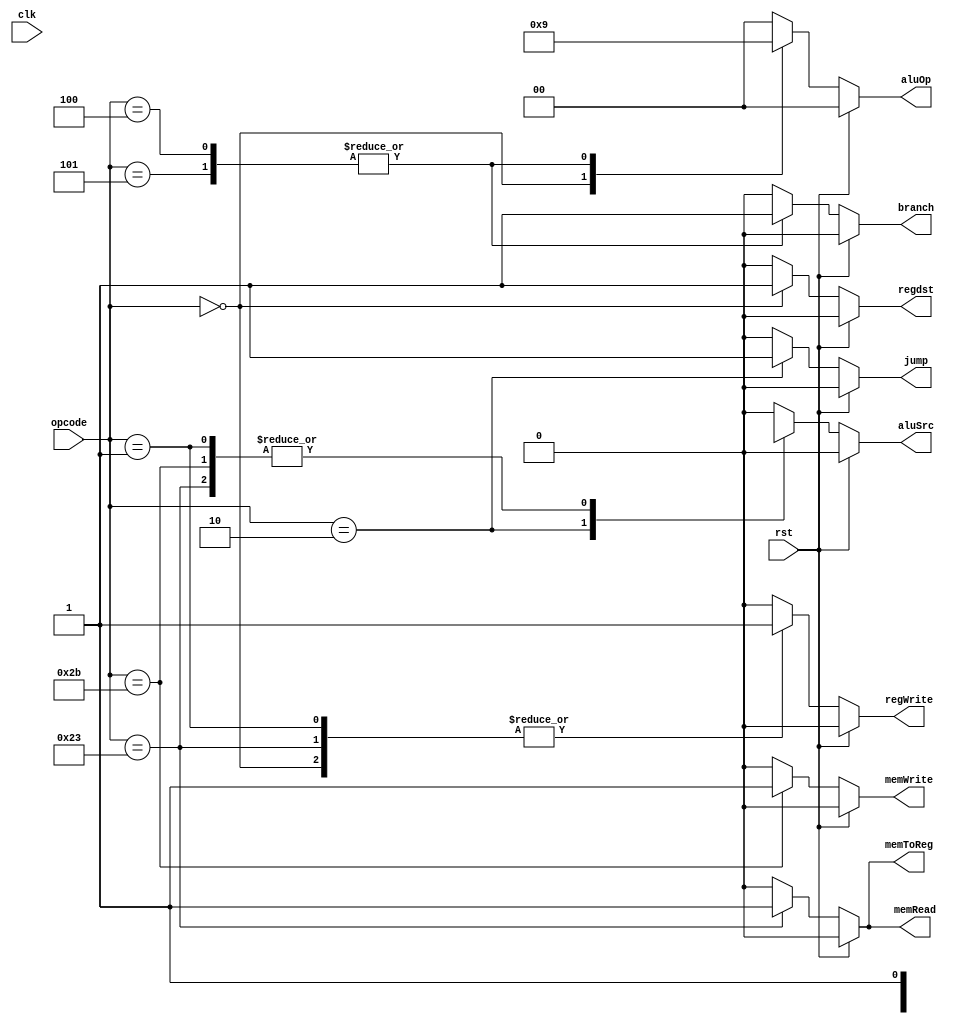
module Control_unit(
    input clk,
    input rst,
    input [5:0] opcode,
	 
    output regdst,
    output jump,
    output branch,
    output memRead,
    output memToReg,
    output [1:0] aluOp,
    output memWrite,
    output aluSrc,
    output regWrite
);

	 reg RegDst;
    reg Jump;
    reg Branch;
    reg MemRead;
    reg MemToReg;
    reg MemWrite;
    reg ALUSrc;
    reg RegWrite;
	 reg [1:0] ALUOp;
	 
    always @* begin
        if (rst) 
		begin
            RegDst <= 0;
            Jump <= 0;
            Branch <= 0;
            MemRead <= 0;
            MemToReg <= 0;
            ALUOp <= 2'b00;
            MemWrite <= 0;
            ALUSrc <= 0;
            RegWrite <= 0;
        end 
		else
		begin
            case (opcode)
                6'b000000:
				begin // R-type instructions
                    RegDst <= 1;
                    Jump <= 0;
                    Branch <= 0;
                    MemRead <= 0;
                    MemToReg <= 0;
                    ALUOp <= 2'b10;
                    MemWrite <= 0;
                    ALUSrc <= 0;
                    RegWrite <= 1;
                end
                6'b100011:
				begin // LW
                    RegDst <= 0;
                    Jump <= 0;
                    Branch <= 0;
                    MemRead <= 1;
                    MemToReg <= 1;
                    ALUOp <= 2'b00;
                    MemWrite <= 0;
                    ALUSrc <= 1;
                    RegWrite <= 1;
                end
                6'b101011: 
				begin // SW
                    RegDst <= 1'b0;
                    Jump <= 0;
                    Branch <= 0;
                    MemRead <= 0;
                    MemToReg <= 1'b0;
                    ALUOp <= 2'b00;
                    MemWrite <= 1;
                    ALUSrc <= 1;
                    RegWrite <= 0;
                end
                6'b000100, 6'b000101:
				begin // BEQ, BNE
                    RegDst <= 1'b0;
                    Jump <= 0;
                    Branch <= 1;
                    MemRead <= 0;
                    MemToReg <= 1'b0;
                    ALUOp <= 2'b01;
                    MemWrite <= 0;
                    ALUSrc <= 0;
                    RegWrite <= 0;
                end
                6'b000010:
				begin // Jump
                    RegDst <= 1'b0;
                    Jump <= 1;
                    Branch <= 0;
                    MemRead <= 0;
                    MemToReg <= 1'b0;
                    ALUOp <= 2'b00;
                    MemWrite <= 0;
                    ALUSrc <= 1'bx;
                    RegWrite <= 0;
                end
					   6'b000001:
				begin //aDDI
                    RegDst <= 1'b0;
                    Jump <= 0;
                    Branch <= 0;
                    MemRead <= 0;
                    MemToReg <= 1'b0;
                    ALUOp <= 2'b00;
                    MemWrite <= 0;
                    ALUSrc <= 1'b1;
                    RegWrite <= 1'b1;
                end
                default:
				begin // Other instructions
                    RegDst <= 1'b0;
                    Jump <= 0;
                    Branch <= 0;
                    MemRead <= 0;
                    MemToReg <= 1'b0;
                    ALUOp <= 2'b00;
                    MemWrite <= 0;
                    ALUSrc <= 1'b0;
                    RegWrite <= 0;
                end
            endcase
        end
    end
	 
	 assign regdst=RegDst;
    assign jump=Jump;
    assign branch = Branch;
    assign memRead = MemRead;
    assign memToReg= MemToReg;
    assign aluOp = ALUOp;
    assign memWrite=MemWrite;
    assign aluSrc= ALUSrc;
    assign regWrite = RegWrite;

endmodule